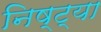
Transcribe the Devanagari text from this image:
निष्ट्या